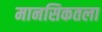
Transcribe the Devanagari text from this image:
मानसिकतला